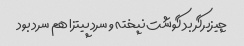
چیزبرگر بد گوشت نپخته و سرد پیتزا هم سرد بود